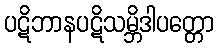
ပဋိဘာနပဋိသမ္ဘိဒါပတ္တော